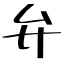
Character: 弁